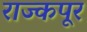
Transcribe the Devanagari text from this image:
राज्कपूर